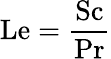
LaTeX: \mathrm{Le}={\frac{\mathrm{Sc}}{\mathrm{Pr}}}